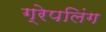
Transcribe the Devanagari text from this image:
ग्रेपलिंग